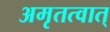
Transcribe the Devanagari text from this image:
अमृतत्वात्